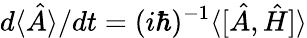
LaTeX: d\langle\hat{A}\rangle/dt=(i\hbar)^{-1}\langle\lbrack\hat{A},\hat{H}]\rangle